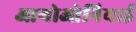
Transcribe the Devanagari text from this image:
आयोओनियाई